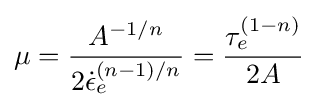
\mu ={\frac {A^{-1/n}}{2{\dot {\epsilon }}_{e}^{(n-1)/n}}}={\frac {\tau _{e}^{(1-n)}}{2A}}